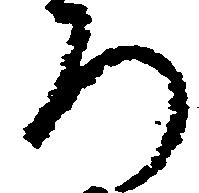
ろ